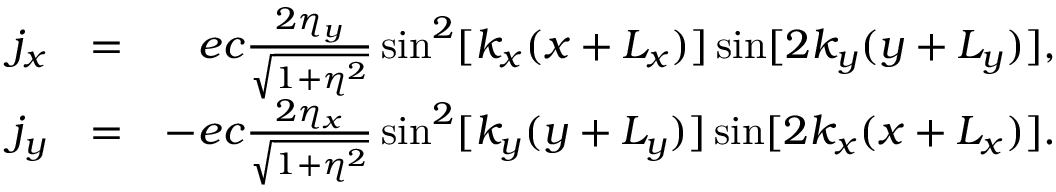
\begin{array} { r l r } { j _ { x } } & { = } & { e c \frac { 2 \eta _ { y } } { \sqrt { 1 + \eta ^ { 2 } } } \sin ^ { 2 } [ k _ { x } ( x + L _ { x } ) ] \sin [ 2 k _ { y } ( y + L _ { y } ) ] , } \\ { j _ { y } } & { = } & { - e c \frac { 2 \eta _ { x } } { \sqrt { 1 + \eta ^ { 2 } } } \sin ^ { 2 } [ k _ { y } ( y + L _ { y } ) ] \sin [ 2 k _ { x } ( x + L _ { x } ) ] . } \end{array}